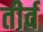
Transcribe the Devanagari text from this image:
तीर्व